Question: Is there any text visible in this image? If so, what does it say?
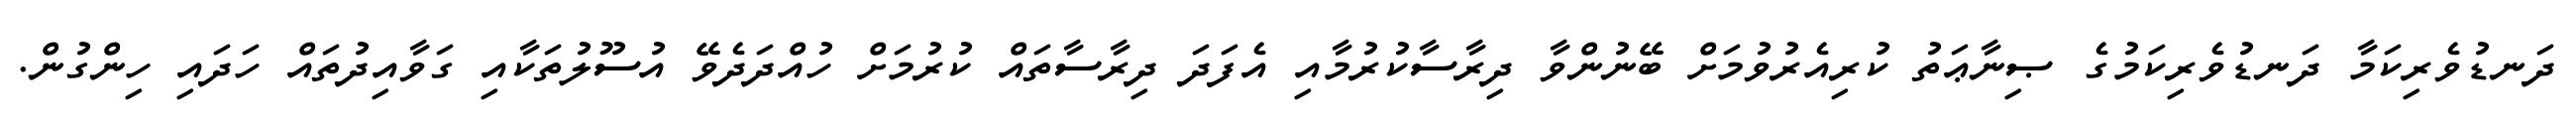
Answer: ދަނޑުވެރިކަމާ ދަނޑުވެރިކަމުގެ ޞިނާޢަތު ކުރިއެރުވުމަށް ބޭނުންވާ ދިރާސާކުރުމާއި އެފަދަ ދިރާސާތައް ކުރުމަށް ހުއްދަދެވޭ އުސޫލުތަކާއި ގަވާއިދުތައް ހަދައި ހިންގުން.